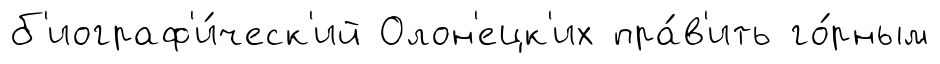
б'иограф'и́ческ'ий Олон'ецк'их пра́в'ить го́рным